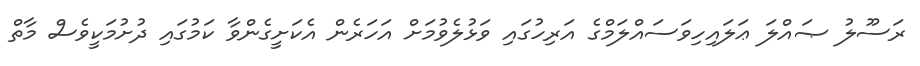
ރަސޫލު ޞައްލަ ޢަލައިހިވަސައްލަމްގެ އަރިހުގައި ވަޅުލެވުމަށް އަހަރެން އެކަށީގެންވާ ކަމުގައި ދުށުމަކީވެސް މާތް